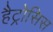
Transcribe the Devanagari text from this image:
हैट्रोसिस